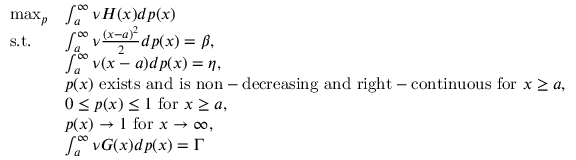
\begin{array} { r l } { \operatorname* { m a x } _ { p } } & { \int _ { a } ^ { \infty } \nu H ( x ) d p ( x ) } \\ { \mathrm { ~ s . t . ~ } \ \ } & { \int _ { a } ^ { \infty } \nu \frac { ( x - a ) ^ { 2 } } { 2 } d p ( x ) = \beta , } \\ & { \int _ { a } ^ { \infty } \nu ( x - a ) d p ( x ) = \eta , } \\ & { p ( x ) \ \mathrm { e x i s t s ~ a n d ~ i s ~ n o n - d e c r e a s i n g ~ a n d ~ r i g h t - c o n t i n u o u s ~ f o r ~ } x \geq a , } \\ & { 0 \leq p ( x ) \leq 1 \ \mathrm { f o r ~ } x \geq a , } \\ & { p ( x ) \rightarrow 1 \ \mathrm { f o r ~ } x \rightarrow \infty , } \\ & { \int _ { a } ^ { \infty } \nu G ( x ) d p ( x ) = \Gamma } \end{array}